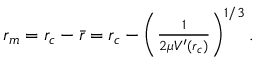
\begin{array} { r } { r _ { m } = r _ { c } - { \bar { r } } = r _ { c } - \left( \frac { 1 } { 2 \mu V ^ { \prime } ( r _ { c } ) } \right) ^ { 1 / 3 } . } \end{array}